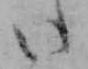
い